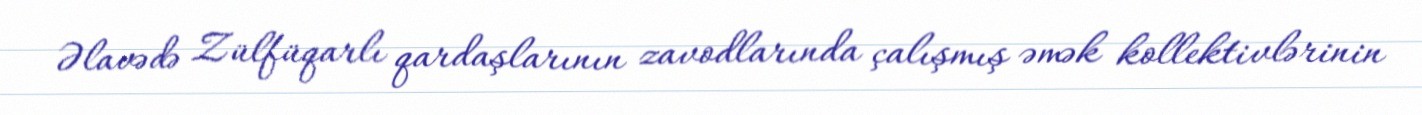
Əlavədə Zülfüqarlı qardaşlarının zavodlarında çalışmış əmək kollektivlərinin